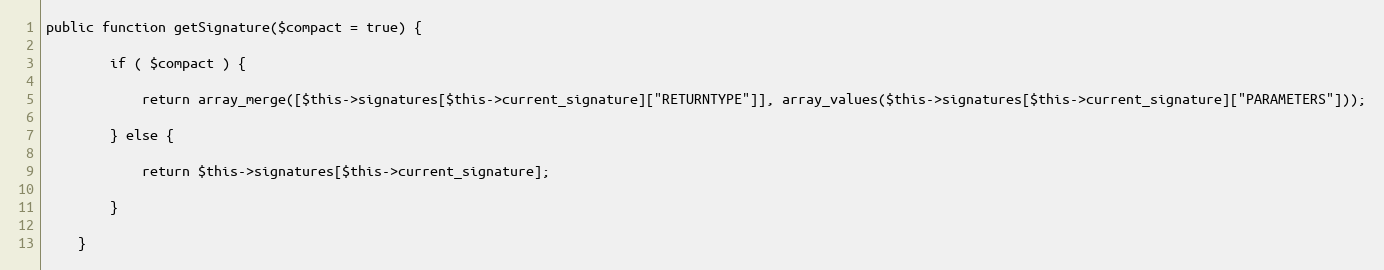
Language: PHP
public function getSignature($compact = true) {

        if ( $compact ) {

            return array_merge([$this->signatures[$this->current_signature]["RETURNTYPE"]], array_values($this->signatures[$this->current_signature]["PARAMETERS"]));

        } else {

            return $this->signatures[$this->current_signature];

        }

    }